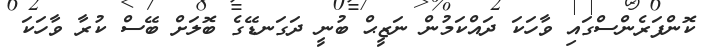
ކޮންފަރެންސްގައި ވާހަކަ ދައްކަމުން ނަޒީޙް ބުނީ ދަގަނޑޭގެ ބޮލަށް ބޭސް ކުރާ ވާހަކަ